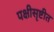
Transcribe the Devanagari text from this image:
पक्षीसृष्टीत